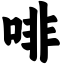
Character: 啡